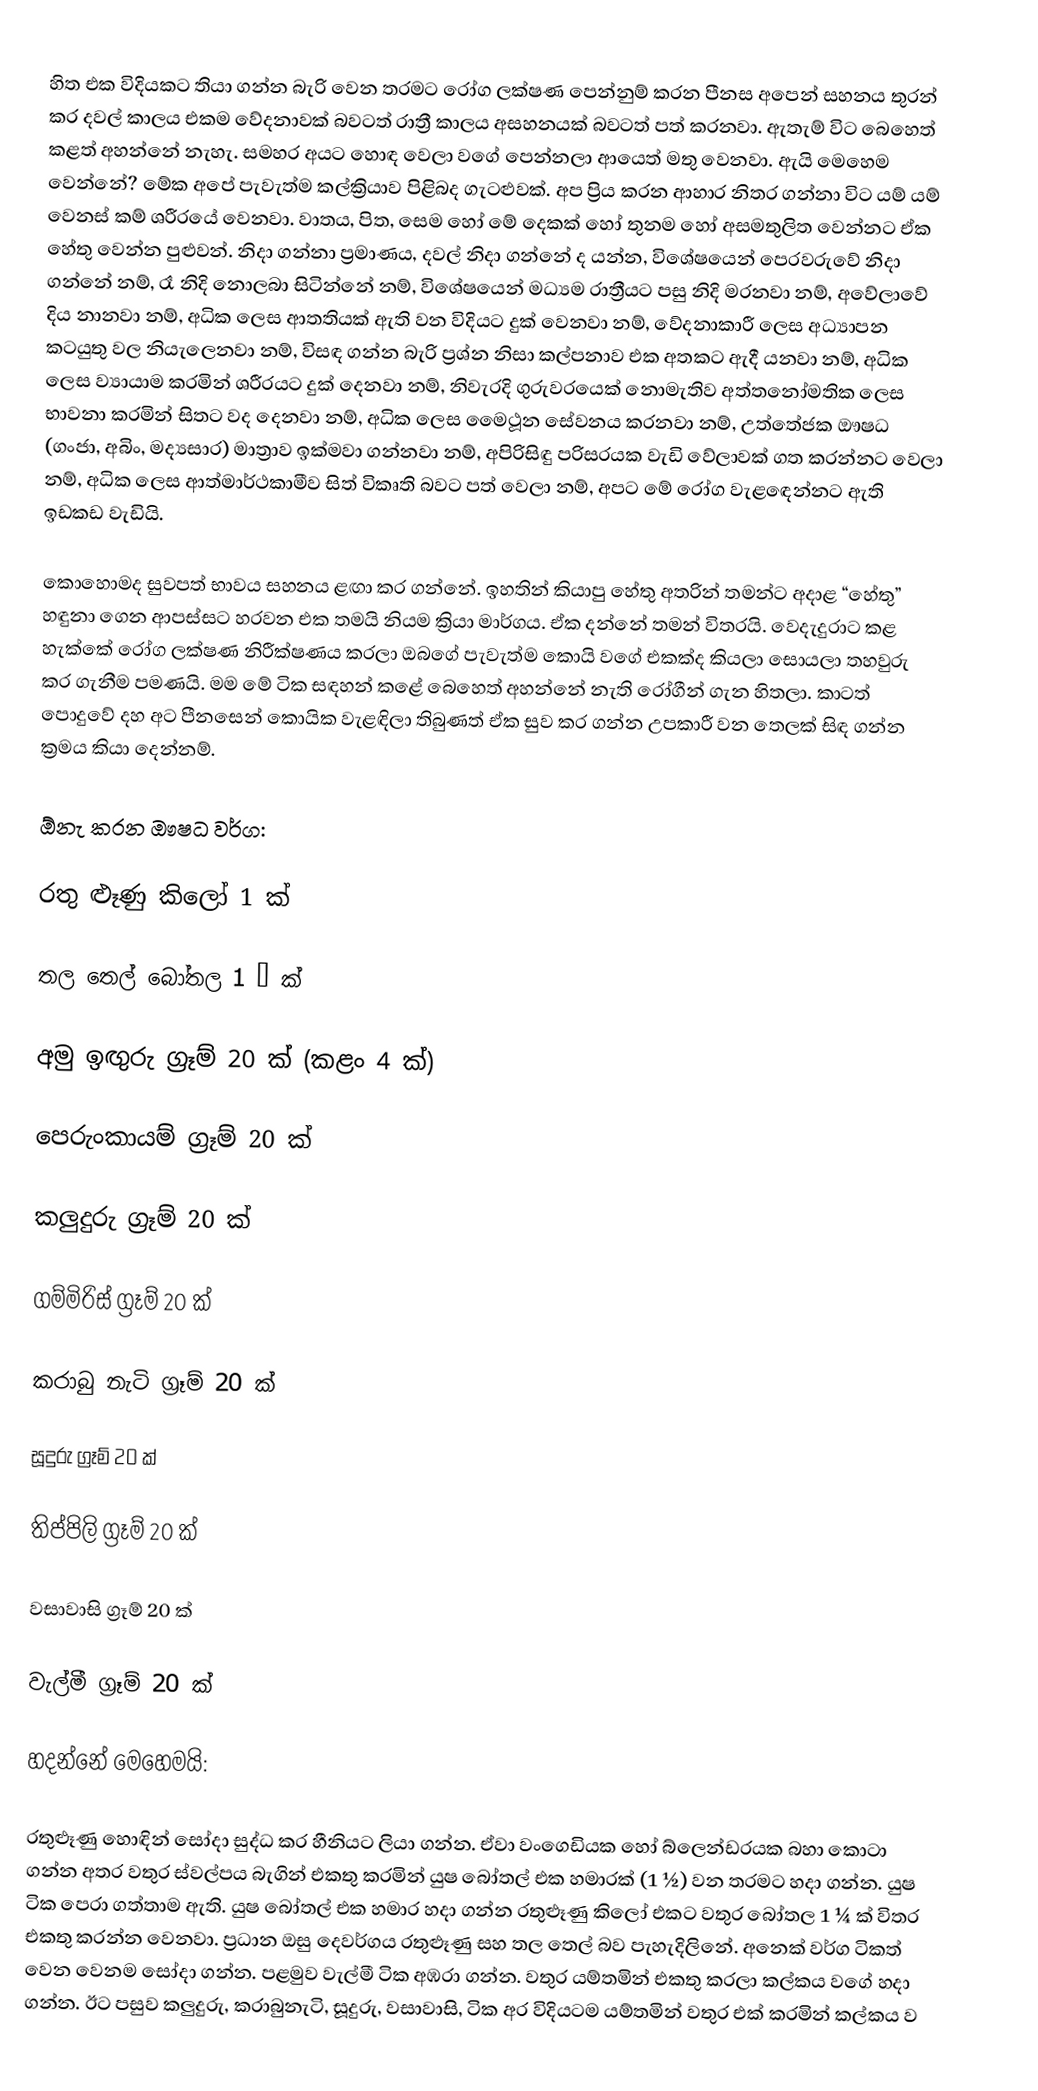
හිත එක විදියකට තියා ගන්න බැරි වෙන තරමට රෝග ලක්ෂණ පෙන්නුම් කරන පීනස අපෙන් සහනය තුරන් කර දවල් කාලය එකම වේදනාවක් බවටත් රාත්‍රී කාලය අසහනයක් බවටත් පත් කරනවා. ඇතැම් විට බෙහෙත් කළත් අහන්නේ නැහැ. සමහර අයට හොඳ වෙලා වගේ පෙන්නලා ආයෙත් මතු වෙනවා. ඇයි මෙහෙම වෙන්නේ? මේක අපේ පැවැත්ම කල්ක්‍රියාව පිළිබද ගැටළුවක්. අප ප්‍රිය කරන ආහාර නිතර ගන්නා විට යම් යම් වෙනස් කම් ශරීරයේ වෙනවා. වාතය, පිත, සෙම හෝ මේ දෙකක් හෝ තුනම හෝ අසමතුලිත වෙන්නට ඒක හේතු වෙන්න පුළුවන්. නිදා ගන්නා ප්‍රමාණය, දවල් නිදා ගන්නේ ද යන්න, විශේෂයෙන් පෙරවරුවේ නිදා ගන්නේ නම්, රෑ නිදි නොලබා සිටින්නේ නම්, විශේෂයෙන් මධ්‍යම රාත්‍රීයට පසු නිදි මරනවා නම්, අවේලාවේ දිය නානවා නම්, අධික ලෙස ආතතියක් ඇති වන විදියට දුක් වෙනවා නම්, වේදනාකාරී ලෙස අධ්‍යාපන කටයුතු වල නියැලෙනවා නම්, විසඳ ගන්න බැරි ප්‍රශ්න නිසා කල්පනාව එක අතකට ඇදී යනවා නම්, අධික ලෙස ව්‍යායාම කරමින් ශරීරයට දුක් දෙනවා නම්, නිවැරදි ගුරුවරයෙක් නොමැතිව අත්තනෝමතික ලෙස භාවනා කරමින් සිතට වද දෙනවා නම්, අධික ලෙස මෛථූන සේවනය කරනවා නම්, උත්තේජක ඖෂධ (ගංජා, අබිං, මද්‍යසාර) මාත්‍රාව ඉක්මවා ගන්නවා නම්, අපිරිසිඳු පරිසරයක වැඩි වේලාවක් ගත කරන්නට වෙලා නම්, අධික ලෙස ආත්මාර්ථකාමීව සිත් විකෘති බවට පත් වෙලා නම්, අපට මේ රෝග වැළඳෙන්නට ඇති ඉඩකඩ වැඩියි.

කොහොමද සුවපත් භාවය සහනය ළඟා කර ගන්නේ. ඉහතින් කියාපු හේතු අතරින් තමන්ට අදාළ “හේතු” හඳුනා ගෙන ආපස්සට හරවන එක තමයි නියම ක්‍රියා මාර්ගය. ඒක දන්නේ තමන් විතරයි. වෙදැදුරාට කළ හැක්කේ රෝග ලක්ෂණ නිරීක්ෂණය කරලා ඔබගේ පැවැත්ම කොයි වගේ එකක්ද කියලා සොයලා තහවුරු කර ගැනීම පමණයි. මම මේ ටික සඳහන් කළේ බෙහෙත් අහන්නේ නැති රෝගීන් ගැන හිතලා. කාටත් පොදුවේ දහ අට පීනසෙන් කොයික වැළඳිලා තිබුණත් ඒක සුව කර ගන්න උපකාරී වන තෙලක් සිඳ ගන්න ක්‍රමය කියා දෙන්නම්.

ඕනැ කරන ඖෂධ වර්ග:

රතු ළූණු කිලෝ 1 ක්

තල තෙල් බෝතල 1 ½ ක්

අමු ඉඟුරු ග්‍රෑම් 20 ක් (කළං 4 ක්)

පෙරුංකායම් ග්‍රෑම් 20 ක්

කලුදුරු ග්‍රෑම් 20 ක්

ගම්මිරිස් ග්‍රෑම් 20 ක්

කරාබු නැටි ග්‍රෑම් 20 ක්

සූදුරු ග්‍රෑම් 20 ක්

තිප්පිලි ග්‍රෑම් 20 ක්

වසාවාසි ග්‍රෑම් 20 ක්

වැල්මී ග්‍රෑම් 20 ක්

හදන්නේ මෙහෙමයි:

රතුළූණු හොඳින් සෝදා සුද්ධ කර හීනියට ලියා ගන්න. ඒවා වංගෙඩියක හෝ බ්ලෙන්ඩරයක බහා කොටා ගන්න අතර වතුර ස්වල්පය බැගින් එකතු කරමින් යුෂ බෝතල් එක හමාරක් (1 ½) වන තරමට හදා ගන්න. යුෂ ටික පෙරා ගත්තාම ඇති. යුෂ බෝතල් එක හමාර හදා ගන්න රතුළූණු කිලෝ එකට වතුර බෝතල 1 ¼ ක් විතර එකතු කරන්න වෙනවා. ප්‍රධාන ඔසු දෙවර්ගය රතුළූණු සහ තල තෙල් බව පැහැදිලිනේ. අනෙක් වර්ග ටිකත් වෙන වෙනම සෝදා ගන්න. පළමුව වැල්මී ටික අඹරා ගන්න. වතුර යම්තමින් එකතු කරලා කල්කය වගේ හදා ගන්න. ඊට පසුව කලුදුරු, කරාබුනැටි, සූදුරු, වසාවාසි, ටික අර විදියටම යම්තමින් වතුර එක් කරමින් කල්කය ව